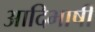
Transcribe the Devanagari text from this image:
आदिभाषी